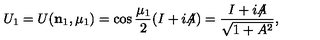
U _ { 1 } = U ( { \bf n } _ { 1 } , \mu _ { 1 } ) = \cos { \frac { \mu _ { 1 } } 2 } ( I + i { \not \! \! A } ) = { \frac { I + i { \not \! \! A } } { \sqrt { 1 + A ^ { 2 } } } } ,